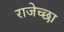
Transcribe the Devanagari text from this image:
राजेच्छा